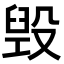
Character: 毁